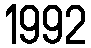
1992